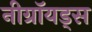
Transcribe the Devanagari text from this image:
नीग्रॉयड्स